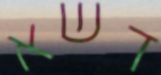
דשא